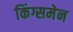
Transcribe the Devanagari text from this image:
किंग्समेन